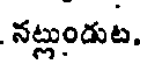
నట్లుందుట.